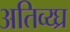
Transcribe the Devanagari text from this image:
अतिव्य्घ्र